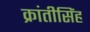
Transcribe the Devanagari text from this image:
क्रांतीसिंह